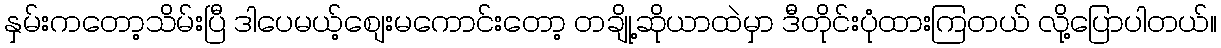
နှမ်းကတော့သိမ်းပြီ ဒါပေမယ့်စျေးမကောင်းတော့ တချို့ဆိုယာထဲမှာ ဒီတိုင်းပုံထားကြတယ် လို့ပြောပါတယ်။